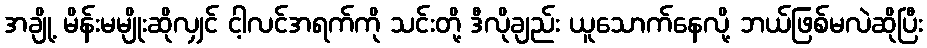
အချို့ မိန်းမမျိုးဆိုလျှင် ငါ့လင်အရက်ကို သင်းတို့ ဒီလိုချည်း ယူသောက်နေလို့ ဘယ်ဖြစ်မလဲဆိုပြီး